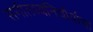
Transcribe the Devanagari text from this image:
संगीतध्वनिचौर्याचा